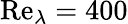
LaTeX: \mathrm{Re}_{\lambda}=400